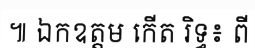
៕ ឯកឧត្តម កើត រិទ្ធ៖ ពី